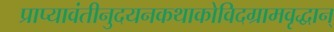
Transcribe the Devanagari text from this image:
प्राप्यावंतीनुदयनकथाकोविदग्रामवृद्धान्